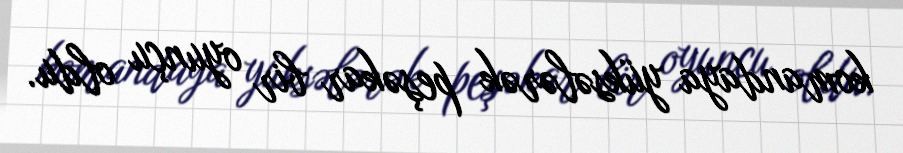
komandaya yüksələrək peşəkar bir oyunçu oldu.